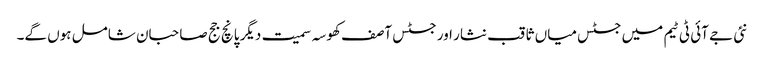
نئی جے آئی ٹی ٹیم میں جسٹس میاں ثاقب نثار اور جسٹس آصف کھوسہ سمیت دیگر پانچ جج صاحبان شامل ہوں گے۔